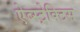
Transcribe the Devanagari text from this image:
ऐब्स्ट्रेक्टिस